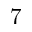
7